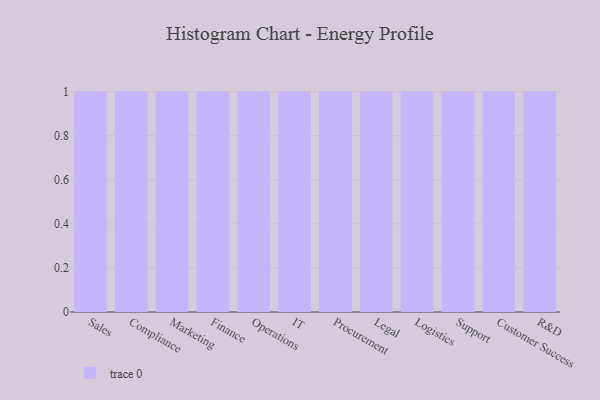
{"axis": {"x": "Department", "y": "Churn Rate (%)"}, "legend": [""], "data": [{"x": "Sales", "y": 15, "type": ""}, {"x": "Compliance", "y": 49, "type": ""}, {"x": "Marketing", "y": 65, "type": ""}, {"x": "Finance", "y": 25, "type": ""}, {"x": "Operations", "y": 60, "type": ""}, {"x": "IT", "y": 18, "type": ""}, {"x": "Procurement", "y": 70, "type": ""}, {"x": "Legal", "y": 67, "type": ""}, {"x": "Logistics", "y": 82, "type": ""}, {"x": "Support", "y": 91, "type": ""}, {"x": "Customer Success", "y": 69, "type": ""}, {"x": "R&D", "y": 95, "type": ""}]}